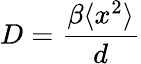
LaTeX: D=\frac{\beta\langle x^{2}\rangle}{d}